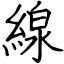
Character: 線